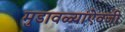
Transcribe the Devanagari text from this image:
मुडावळ्यांऐवजी